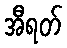
အီရတ်